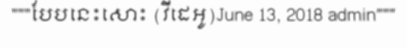
"""បែបនេះសោះ (វីដេអូ)June 13, 2018 admin"""